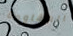
المقاومة